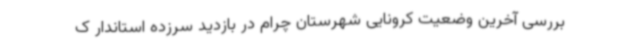
بررسی آخرین وضعیت کرونایی شهرستان چرام در بازدید سرزده استاندار ک